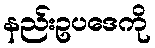
နည်းဥပဒေကို